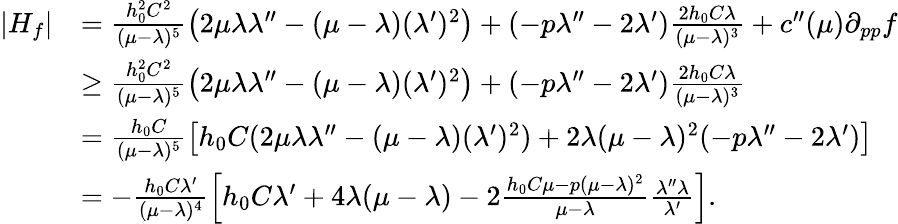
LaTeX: \begin{array}{rl}{|H_{f}|}&{=\frac{h_{0}^{2}C^{2}}{(\mu-\lambda)^{5}}\left(2\mu\lambda\lambda^{\prime\prime}-(\mu-\lambda)(\lambda^{\prime})^{2}\right)+(-p\lambda^{\prime\prime}-2\lambda^{\prime})\frac{2h_{0}C\lambda}{(\mu-\lambda)^{3}}+c^{\prime\prime}(\mu)\partial_{pp}f}\\ &{\geq\frac{h_{0}^{2}C^{2}}{(\mu-\lambda)^{5}}\left(2\mu\lambda\lambda^{\prime\prime}-(\mu-\lambda)(\lambda^{\prime})^{2}\right)+(-p\lambda^{\prime\prime}-2\lambda^{\prime})\frac{2h_{0}C\lambda}{(\mu-\lambda)^{3}}}\\ &{=\frac{h_{0}C}{(\mu-\lambda)^{5}}\left[h_{0}C(2\mu\lambda\lambda^{\prime\prime}-(\mu-\lambda)(\lambda^{\prime})^{2})+2\lambda(\mu-\lambda)^{2}(-p\lambda^{\prime\prime}-2\lambda^{\prime})\right]}\\ &{=-\frac{h_{0}C\lambda^{\prime}}{(\mu-\lambda)^{4}}\left[h_{0}C\lambda^{\prime}+4\lambda(\mu-\lambda)-2\frac{h_{0}C\mu-p(\mu-\lambda)^{2}}{\mu-\lambda}\frac{\lambda^{\prime\prime}\lambda}{\lambda^{\prime}}\right].}\end{array}